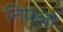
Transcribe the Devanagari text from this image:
निपलों